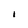
Character: 1